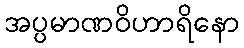
အပ္ပမာဏဝိဟာရိနော